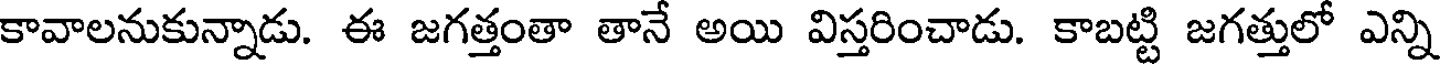
కావాలనుకున్నాడు. ఈ జగత్తంతా తానే అయి విస్తరించాడు. కాబట్టి జగత్తులో ఎన్ని